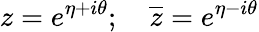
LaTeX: z=e^{\eta+i\theta};\quad\overline{{{z}}}=e^{\eta-i\theta}